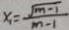
x _ { 1 } = \frac { \sqrt { m - 1 } } { m - 1 }